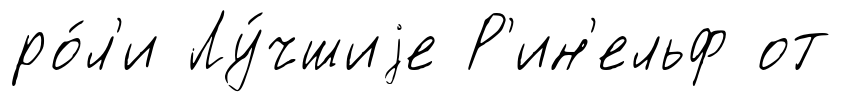
ро́л'и Лу́чшиjе Р'ин'ельф от